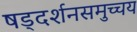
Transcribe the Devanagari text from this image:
षड्दर्शनसमुच्चय